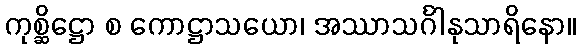
ကုစ္ဆိဋ္ဌော စ ကောဋ္ဌာသယော၊ အဿာသင်္ဂါနုသာရိနော။